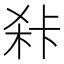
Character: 𭪍